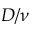
D / \nu